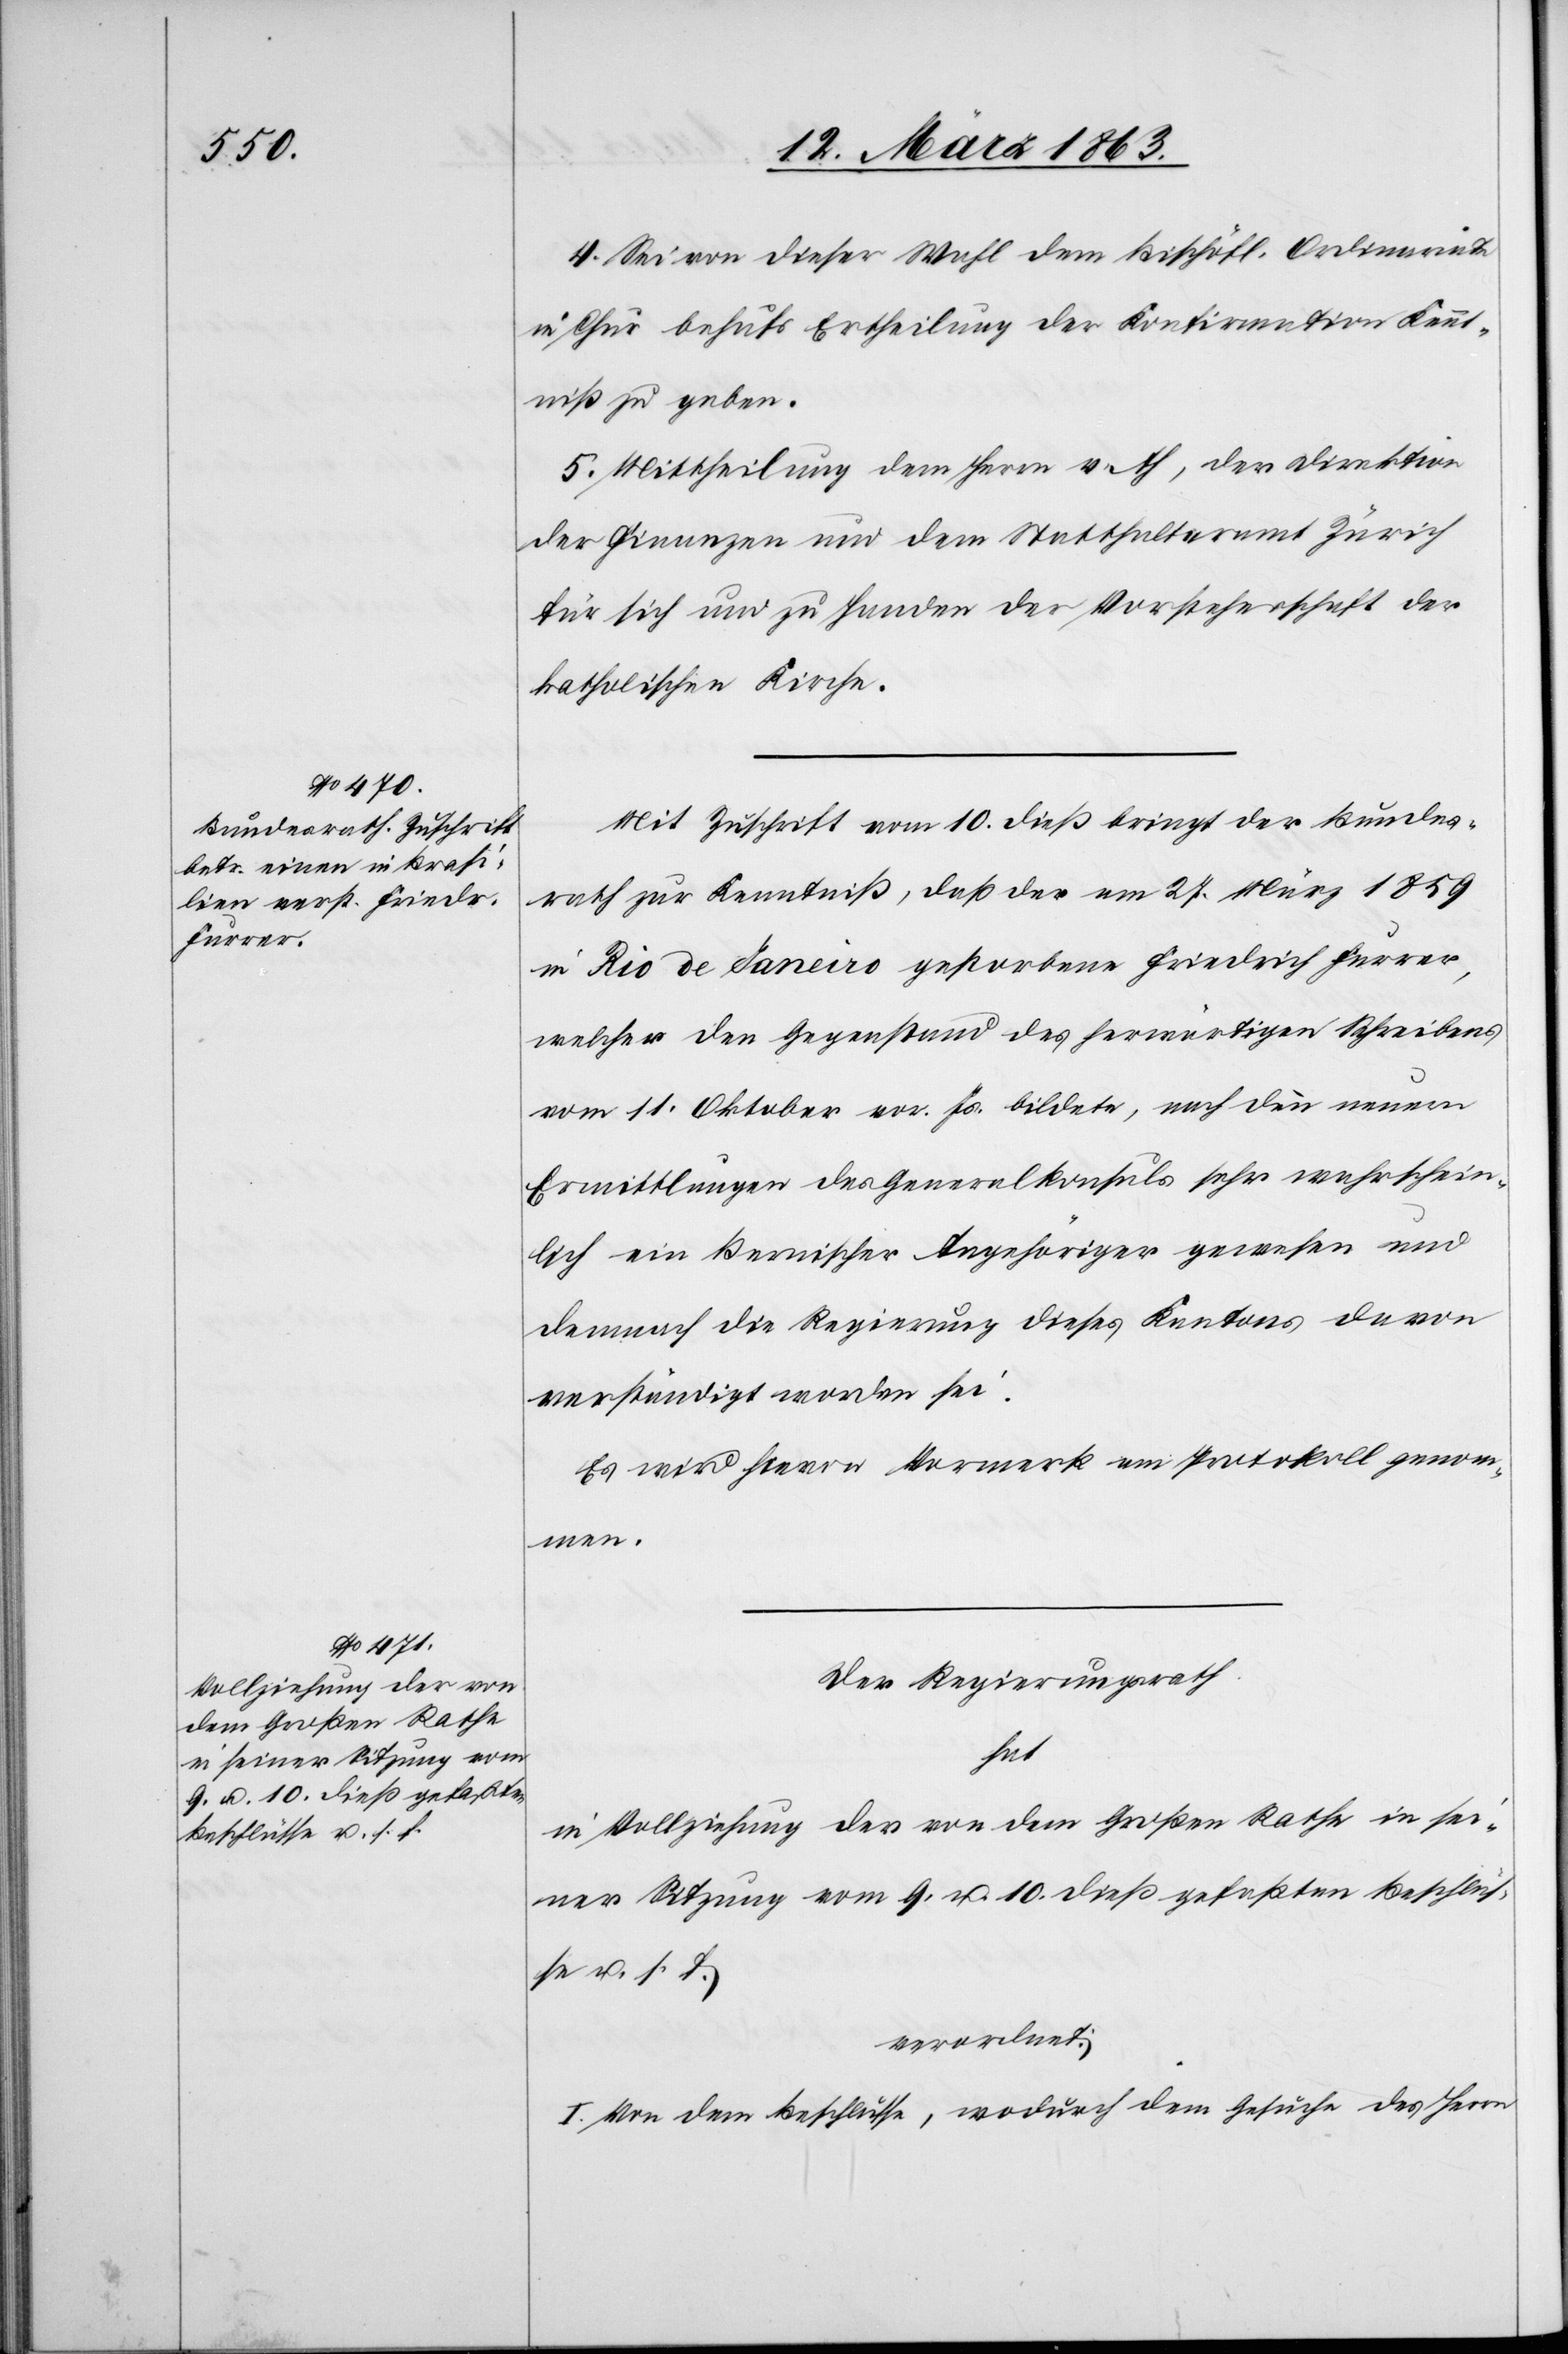
Vollziehung der von
dem Großen Rathe
in seiner Sitzung vom
9. u. 10. dieß gefaßten
Beschlüsse u. s. f.

4. Sei von dieser Wahl dem Bischöfl. Ordinariate
in Chur behufs Ertheilung der Konfirmation Kennt¬
niß zu geben.
5. Mittheilung dem Herrn v. Ah, der Direktion
der Finanzen und dem Statthalteramt Zürich
für sich und zu Handen der Vorsteherschaft der
katholischen Kirche.
Mit Zuschrift vom 10. dieß bringt der Bundes¬
rath zur Kenntniß, daß der am 27. März 1859
in Rio de Janeiro gestorbene Friedrich Furrer,
welcher den Gegenstand des herwärtigen Schreibens
vom 11. Oktober vor. Js. bildete, nach den neuern
Ermittlungen des Generalkonsuls sehr wahrschein¬
lich ein Bernischer Angehöriger gewesen und
demnach die Regierung dieses Kantons davon
verständigt worden sei.
Es wird hievon Vormerk am Protokoll genom¬
in
Der Regierungsrath
hat
verordnet:
I. Von dem Beschlusse, wodurch dem Gesuche des Herrn